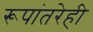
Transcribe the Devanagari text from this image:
रूपांतरेही